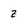
Character: z